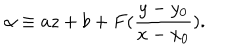
\alpha \equiv a z + b + F ( \frac { y - y _ { 0 } } { x - x _ { 0 } } ) .